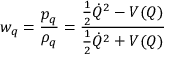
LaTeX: w _ { q } = { \frac { p _ { q } } { \rho _ { q } } } = { \frac { { \frac { 1 } { 2 } } { \dot { Q } } ^ { 2 } - V ( Q ) } { { \frac { 1 } { 2 } } { \dot { Q } } ^ { 2 } + V ( Q ) } }